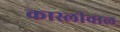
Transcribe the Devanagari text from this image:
कास्लीवाल